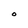
Character: O